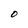
Character: O